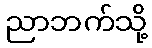
ညာဘက်သို့